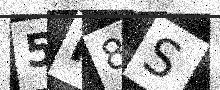
Text: 5F8S